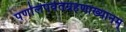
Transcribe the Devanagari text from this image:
पर्णालपर्वतग्रहणाख्यानम्